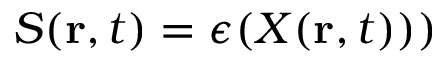
S ( \mathbf { r } , t ) = \epsilon ( X ( \mathbf { r } , t ) ) )